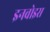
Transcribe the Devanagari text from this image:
इनवोइस